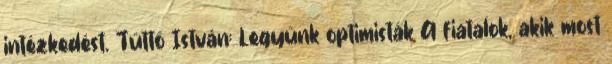
intézkedést. Tüttő István: Legyünk optimisták A fiatalok, akik most